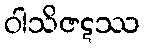
ဝါသိဇဋဿ